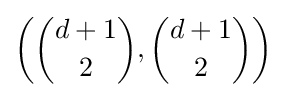
\left({d+1 \choose 2},{d+1 \choose 2}\right)